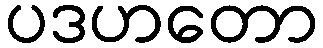
ပဒဟတော